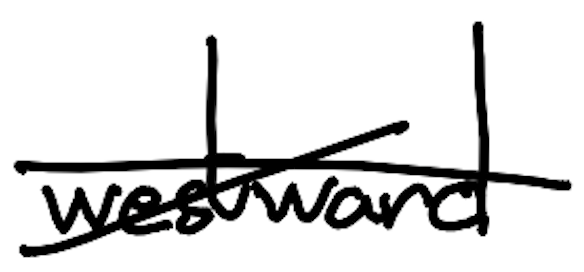
Text: westward
Cross-out: mix
Writing tool: digital_black